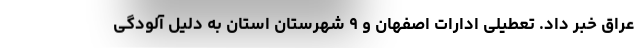
عراق خبر داد. تعطیلی ادارات اصفهان و ۹ شهرستان استان به دلیل‌ آلودگی